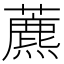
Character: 藨